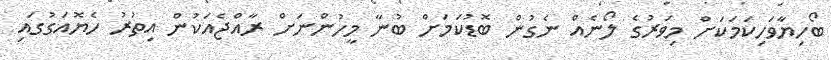
ބޯހިޔާވަހިކަމަކަށް މިވަރުގެ ލޯނެއް ނެގުން ބޮޑުކަމަށް ބުނާ މީހުންނަށް ރާއްޖެއަކުން އިތުރު ހެޔޮއަގުގައި